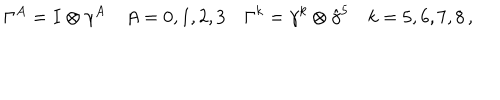
\Gamma ^ { A } = I \otimes \gamma ^ { A } \quad A = 0 , 1 , 2 , 3 \quad \Gamma ^ { k } = \gamma ^ { k } \otimes \hat { \gamma } ^ { 5 } \quad k = 5 , 6 , 7 , 8 \, ,